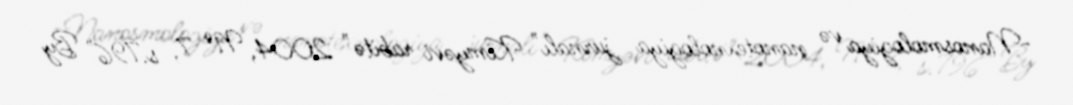
-Nanosmologiya və nanotexnologiya jurnalı" Kimyəvi rabitə" 2004, № 7, s.796" By